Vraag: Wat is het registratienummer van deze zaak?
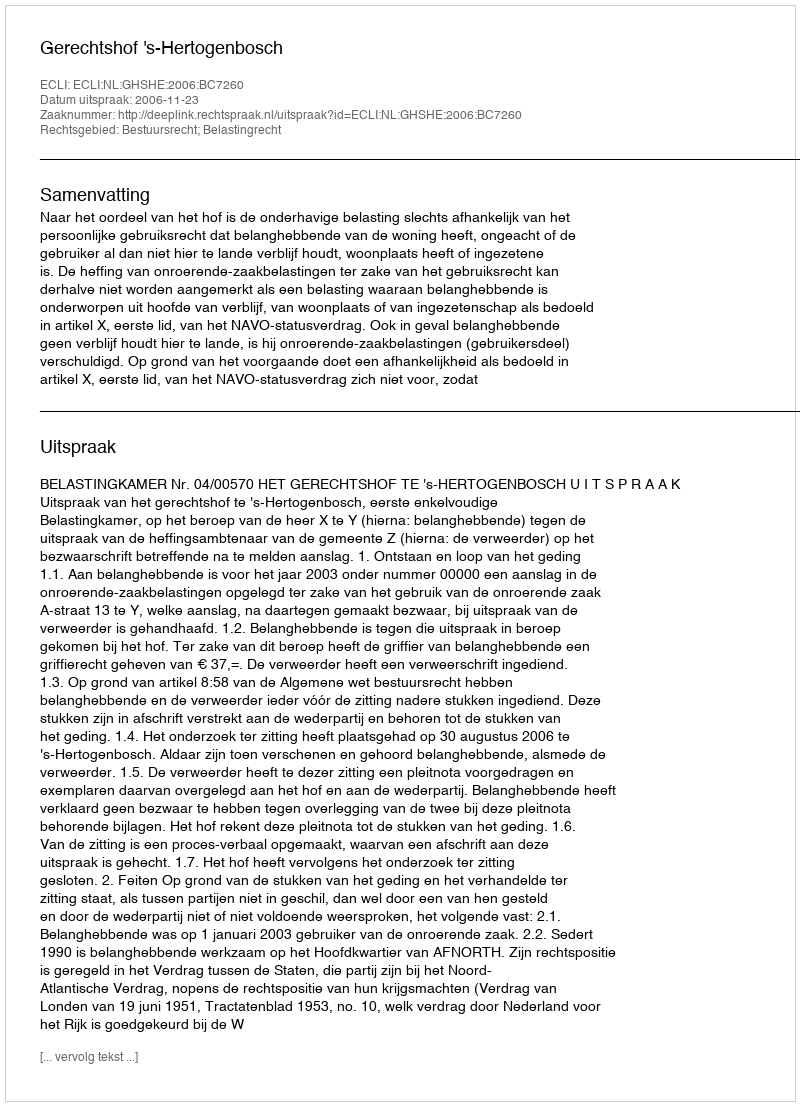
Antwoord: http://deeplink.rechtspraak.nl/uitspraak?id=ECLI:NL:GHSHE:2006:BC7260